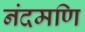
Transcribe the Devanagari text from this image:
नंदमणि